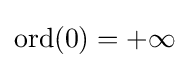
\operatorname {ord} (0)=+\infty